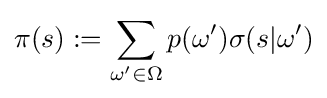
\pi (s):=\sum _{\omega '\in \Omega }p(\omega ')\sigma (s|\omega ')